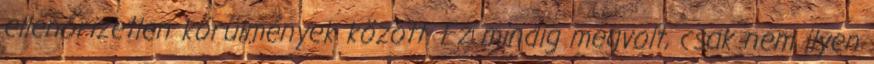
ellenőrizetlen körülmények között. Ez mindig megvolt, csak nem ilyen